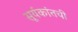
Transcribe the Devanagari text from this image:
सूर्यकांतची